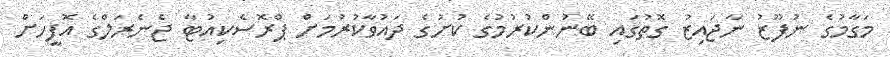
މަގާމުގެ ނުފޫޒު ނާޖައިޒު ގޮތުގައި ބޭނުންކުރުމުގެ ކުށުގެ ދައުވާކުރުމަށް ޕްރޮސެކިއުޓާ ޖެނެރަލްގެ އޮފީހަށް